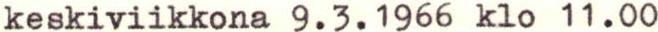
keskiviikkona 9.3.1966 klo 11.00